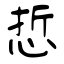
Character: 悊